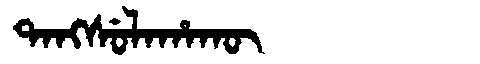
Manchu: ᡨᠠᠩᠰᡠᠯᠠᡥᠠᡴᡡ
Romanization: TANGSULAHAKŪ